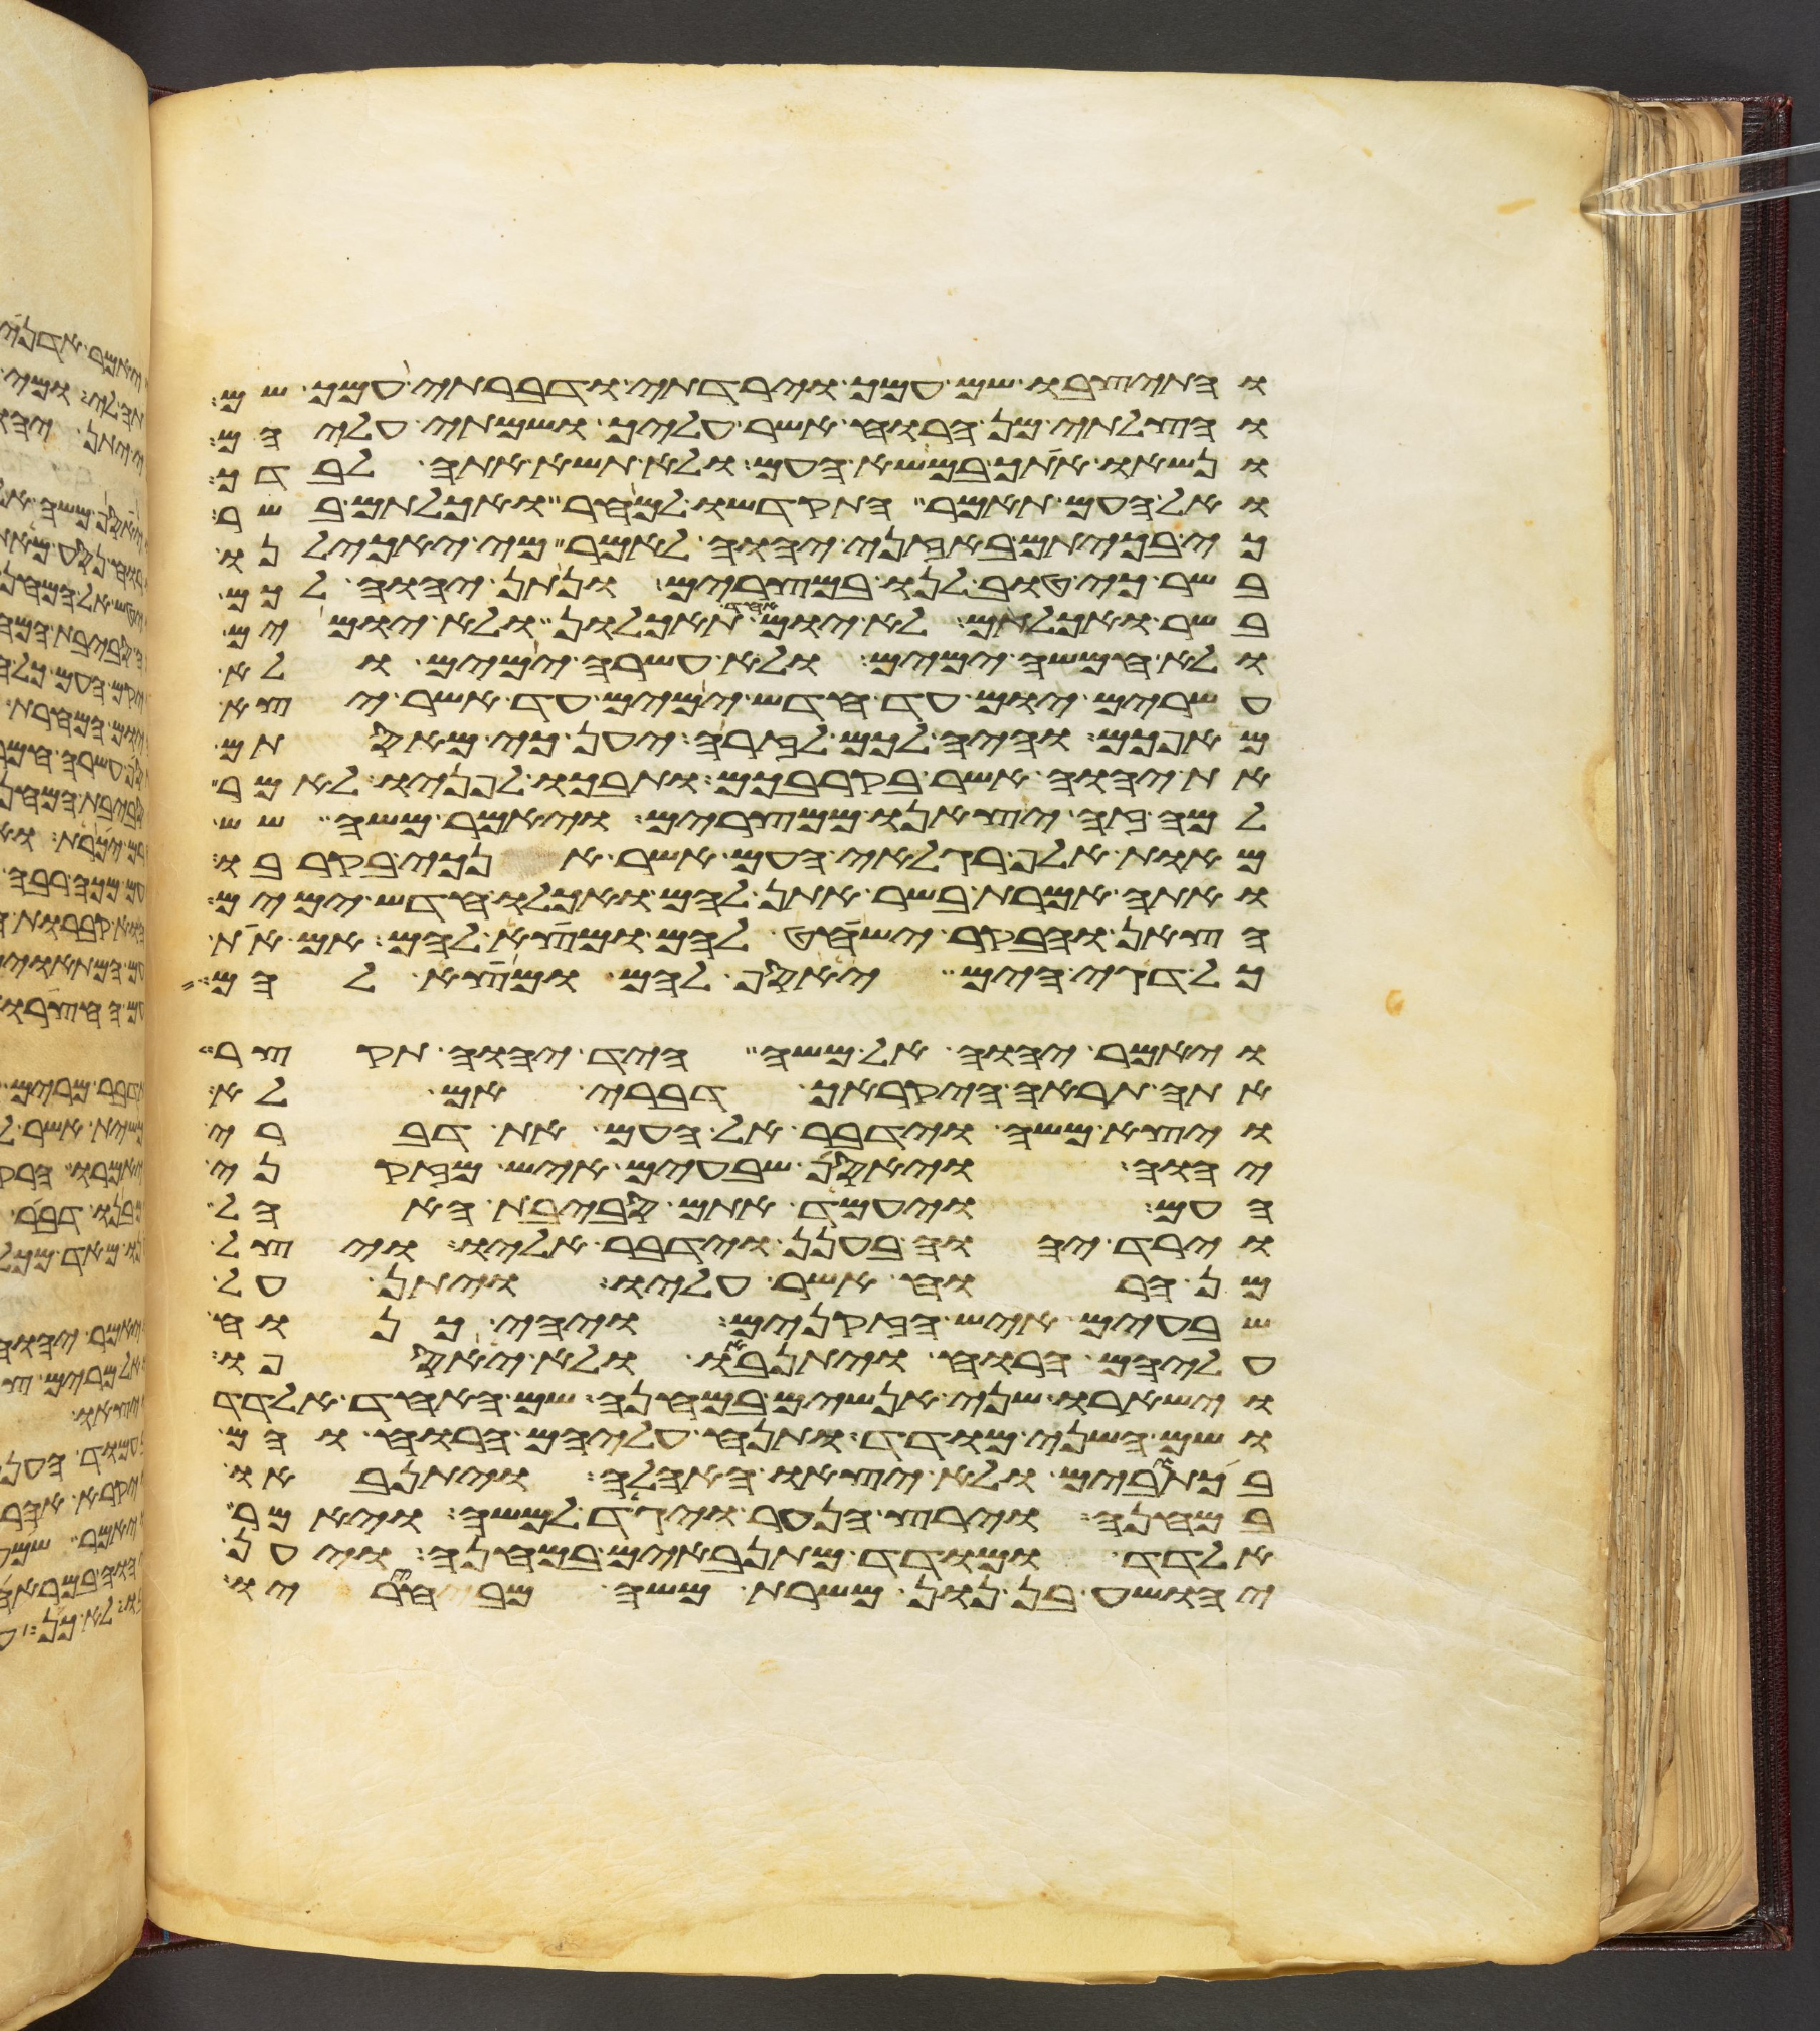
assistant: והתיצבו שם עמך וירדתי ודברתי עמך שם
והצלתי מן הרוח אשר עליך ושמתי עליהם
ונשאו אתך במשא העם ולא תשא אתה לבדך
ואל העם תאמר התקדשו למחר ואכלתם בשר
כי בכיתם באזני יהוה לאמר מי יאכילנו
בשר כי טוב לנו במצרים ונתן יהוה לכם
בשר ואכלתם לא יום אחד תאכלון ולא יומים
ולא חמשה ימים ולא עשרה ימים ולא
עשרים יום עד חדש ימים עד אשר יצא
מאפכם והיה לכם לזרה יען כי מאסתם
את יהוה אשר בקרבכם ותבכו לפניו לאמר
למה זה יצאנו ממצרים ויאמר משה שש
מאות אלף רגלאי העם אשר אנכי בקרבו
ואתה אמרת בשר אתן להם ואכלו חדש ימים
הצאן והבקר ישחט להם ומצא להם אם את
כל דגי הים יאסף להם ומצא להם
ויאמר יהוה אל משה היד יהוה תקצר
אתה תראה היקרך דברי אם לא
ויצא משה וידבר אל העם את דברי
יהוה ויאסף שבעים איש מזקני
העם ויעמד אתם סביבת האהל
וירד יהוה בענן וידבר אליו ויצל
מן הרוח אשר עליו ויתן על
שבעים איש הזקנים ויהי כנוח
עליהם הרוח ויתנאבו ולא יאספו
וישארו שני אנשים במחנה שם האחד אלדד
ושם השני מודד ותנח עליהם הרוח והם
בכתובים ולא יצאו האהלה ויתנאבו
במחנה וירץ הנער ויגד למשה ויאמר
אלדד ומודד מתנאבים במחנה ויען
יהושע בן נון משרת משה מבחיריו